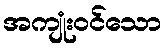
အကျုံးဝင်သော